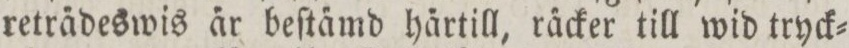
retra̋deswis a̋r beſta̋md ha̋rtill, räcker till wid tryck=